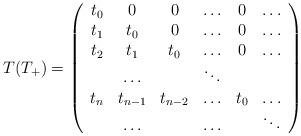
LaTeX: \begin{align*}T(T_{+})=\left(\begin{array}[c]{cccccc}t_{0} & 0 & 0 & \ldots & 0 & \ldots\\t_{1} & t_{0} & 0 & \ldots & 0 & \ldots\\t_{2} & t_{1} & t_{0} & \ldots & 0 & \ldots\\& \ldots & & \ddots & & \\t_{n} & t_{n-1} & t_{n-2} & \ldots & t_{0} & \ldots\\& \ldots & & \ldots & & \ddots\end{array}\right) \end{align*}